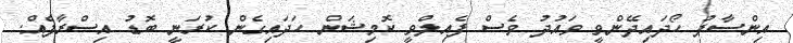
އިންސާފު ހޯދައިދޭންވީ ވައުދު ވެސް ފެއިލްވީ ކޮމިޝަން ހަދައިގެން ކުރަނީ ބޮޑު އިސްރާފެއް.